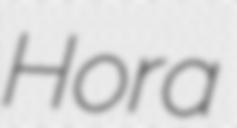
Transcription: Hora